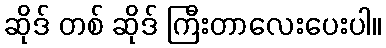
ဆိုဒ် တစ် ဆိုဒ် ကြီးတာလေးပေးပါ။